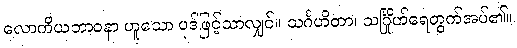
လောကိယဘာဝနာ ဟူသော ပုဒ်ဖြင့်သာလျှင်။ သင်္ဂဟိတာ၊ သင်္ဂြိုဟ်ရေတွက်အပ်၏။